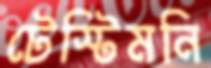
টেস্টিমনি